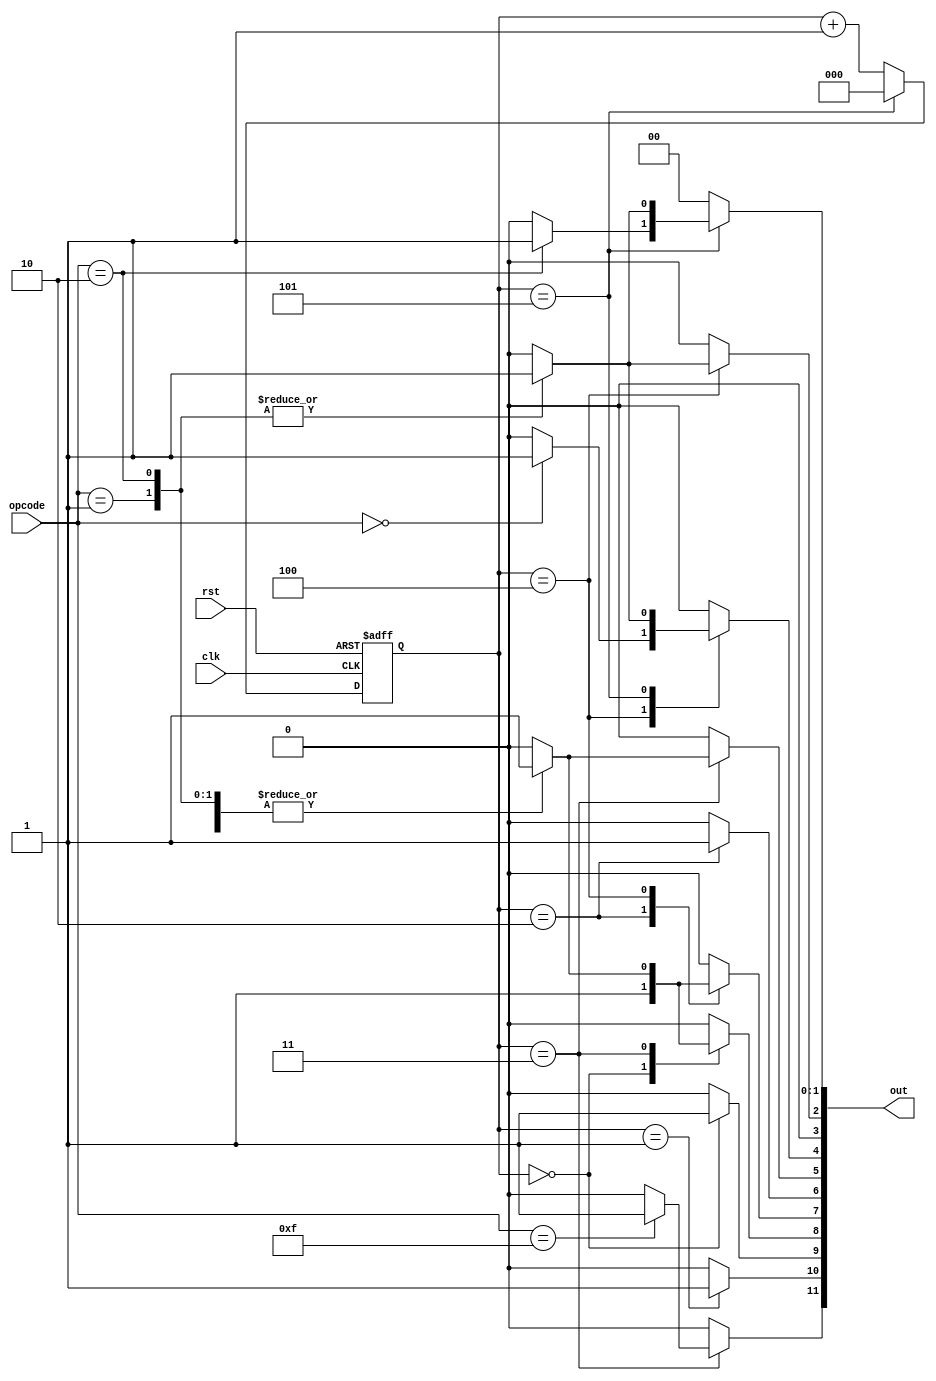
module controller(
	input clk,
	input rst,
	input[3:0] opcode,
	output[11:0] out
);

localparam SIG_HLT       = 11;
localparam SIG_PC_INC    = 10;
localparam SIG_PC_EN     = 9;
localparam SIG_MEM_LOAD  = 8;
localparam SIG_MEM_EN    = 7;
localparam SIG_IR_LOAD   = 6;
localparam SIG_IR_EN     = 5;
localparam SIG_A_LOAD    = 4;
localparam SIG_A_EN      = 3;
localparam SIG_B_LOAD    = 2;
localparam SIG_ADDER_SUB = 1;
localparam SIG_ADDER_EN  = 0;

//define opcodes for each instruction
//4 instruction exist, Load, Add, Subtract andd Halt
localparam OP_LDA = 4'b0000;
localparam OP_ADD = 4'b0001;
localparam OP_SUB = 4'b0010;
localparam OP_HLT = 4'b1111;

reg[2:0]  stage;
reg[11:0] ctrl_word;

//instruction execution takes 6 (0-5) stages
always @(negedge clk, posedge rst) begin
	if (rst) begin
		stage <= 0;
	end else begin
		if (stage == 5) begin
			stage <= 0;
		end else begin
			stage <= stage + 1;
		end
	end
end

always @(*) begin
	ctrl_word = 12'b0;

	case (stage)
	   //stage 0: Put PC onto the bus
	   //load that value into the MAR
		0: begin
			ctrl_word[SIG_PC_EN] = 1;
			ctrl_word[SIG_MEM_LOAD] = 1;
		end
		//stage 1: Increment the PC
		1: begin
			ctrl_word[SIG_PC_INC] = 1;
		end
		//stage 2: Put whatever is in memory at the MAR address onto the bus
		//Load it into the IR
		2: begin
			ctrl_word[SIG_MEM_EN] = 1;
			ctrl_word[SIG_IR_LOAD] = 1;
		end
		//After first 3 stages, the actions performed in the next 3 
		//depend on the instruction
		3: begin
			case (opcode)
			    //stage 3 - LDA instruction
			    //put the instruction operand onto the bus
			    //load the value into MAR
				OP_LDA: begin
					ctrl_word[SIG_IR_EN] = 1;
					ctrl_word[SIG_MEM_LOAD] = 1;
				end
				//stage 3 - ADD instruction
				//put the instruction operand onto the bus
				//load that value into MAR
				OP_ADD: begin
					ctrl_word[SIG_IR_EN] = 1;
					ctrl_word[SIG_MEM_LOAD] = 1;
				end
				//stage 3 - SUB instruction
				//put the instruction operand onto the bus
				//load that value into MAR 
				OP_SUB: begin
					ctrl_word[SIG_IR_EN] = 1;
					ctrl_word[SIG_MEM_LOAD] = 1;
				end
				//stage 3 - HLT instruction
				//Halt the clock
				OP_HLT: begin
					ctrl_word[SIG_HLT] = 1;
				end
			endcase
		end
		4: begin
			case (opcode)
			    //stage 4 - LDA
			    //Put whatever is in memory at the MAR address onto the bus
                //Load that value into Register A
				OP_LDA: begin
					ctrl_word[SIG_MEM_EN] = 1;
					ctrl_word[SIG_A_LOAD] = 1;
				end
				//stage 4 - ADD
				//Put whatever is in memory at the MAR address onto the bus
                //Load that value into Register B
				OP_ADD: begin
					ctrl_word[SIG_MEM_EN] = 1;
					ctrl_word[SIG_B_LOAD] = 1;
				end
				//stage 4 - SUB
				//Put the instruction operand onto the bus
                //Load that value into the MAR 
				OP_SUB: begin
					ctrl_word[SIG_MEM_EN] = 1;
					ctrl_word[SIG_B_LOAD] = 1;
				end
				//stage 4 - HLT 
				//idle
			endcase
		end
		5: begin
			case (opcode)
			    //stage 5 - LDA - Idle
			    
			    //stage 5 - ADD
			    //Put the value in the adder onto the bus
                //Load that value into Register A
				OP_ADD: begin
					ctrl_word[SIG_ADDER_EN] = 1;
					ctrl_word[SIG_A_LOAD] = 1;
				end
				//stage 5 -SUB
				//Do subtraction rather than addition
                //Put the value in the adder onto the bus 
                //Load that value into Register A
				OP_SUB: begin
					ctrl_word[SIG_ADDER_SUB] = 1;
					ctrl_word[SIG_ADDER_EN] = 1;
					ctrl_word[SIG_A_LOAD] = 1;
				end
				//stage 5 - HLT - idle
			endcase
		end
	endcase
end

//output the control signal
assign out = ctrl_word;

endmodule